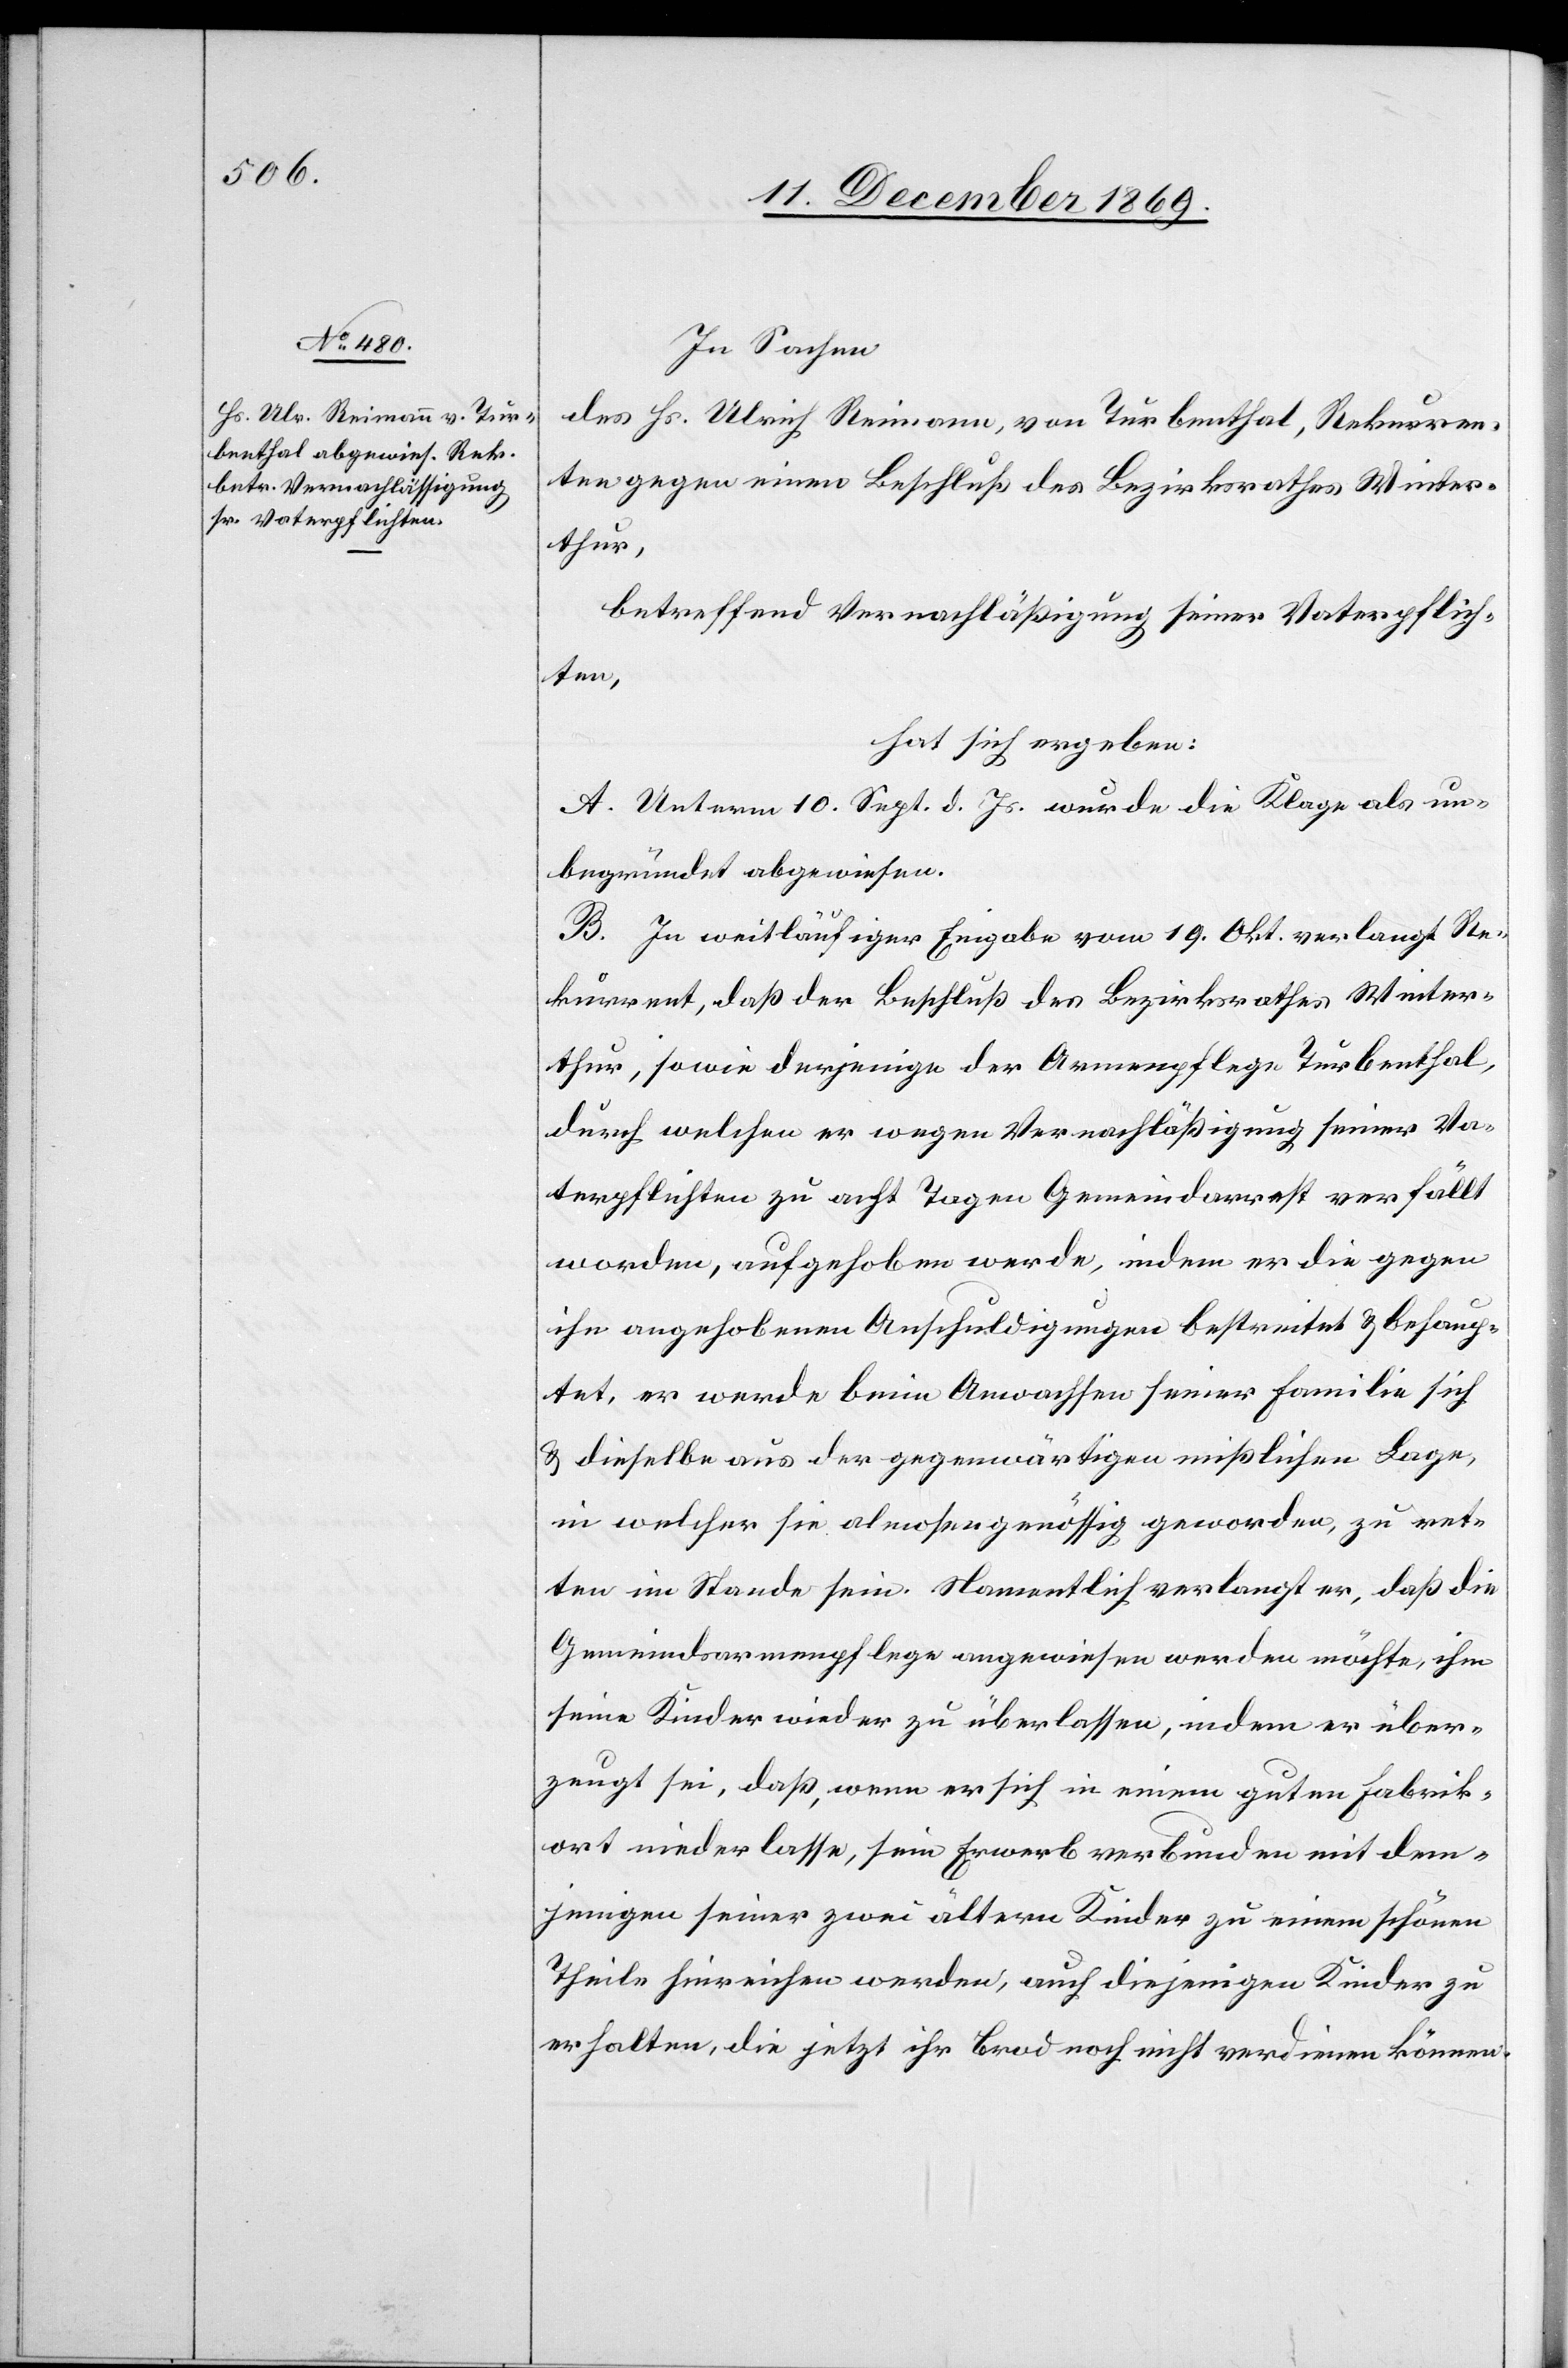
In Sachen
des Hs. Ulrich Reimann, von Turbenthal, Rekurren¬
ten gegen einen Beschluß des Bezirksrathes Winter¬
thur,
betreffend Vernachläßigung seiner Vaterpflich¬
ten,
hat sich ergeben:
A. Unterm 10. Sept. d. Js. wurde die Klage als un¬
begründet abgewiesen.
B. In weitläufiger Eingabe vom 19. Okt. verlangt Re¬
kurrent, daß der Beschluß des Bezirksrathes Winter¬
thur, sowie derjenige der Armenpflege Turbenthal,
durch welchen er wegen Vernachläßigung seiner Va¬
terpflichten zu acht Tagen Gemeindarrest verfällt
worden, aufgehoben werde, indem er die gegen
ihn angehobenen Anschuldigungen bestreitet & behaup¬
tet, er werde beim Anwachsen seiner Familie sich
& dieselbe aus der gegenwärtigen mißlichen Lage,
in welcher sie almosengenössig geworden, zu ret¬
ten im Stande sein. Namentlich verlangt er, daß die
Gemeindsarmenpflege angewiesen werden möchte, ihm
seine Kinder wieder zu überlassen, indem er über¬
zeugt sei, daß, wenn er sich in einem guten Fabrik¬
ort niederlasse, sein Erwerb verbunden mit dem¬
jenigen seiner zwei ältern Kinder zu einem schönen
Theile hinreichen werden, auch diejenigen Kinder zu
erhalten, die jetzt ihr Brod noch nicht verdienen können.